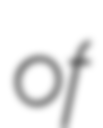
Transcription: of